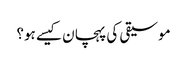
موسیقی کی پہچان کیسے ہو؟